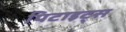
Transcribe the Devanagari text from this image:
पिटाइट्स